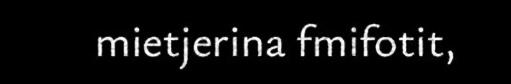
mietjerina fmifotit,